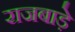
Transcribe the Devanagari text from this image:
राजबाड़े